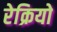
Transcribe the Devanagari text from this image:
रेक्रियो